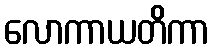
လောကာယတိကာ